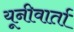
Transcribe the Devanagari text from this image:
यूनीवार्ता